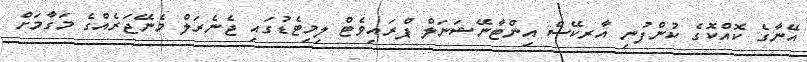
އޭނާގެ ކޮއްކޮގެ ކުންފުނި އާރކޭސް އިންޓާނޭޝަނަލް ޕްރައިވެޓް ލިމިޓެޑުގައި ޖެނެރަލް މެނޭޖަރެއްގެ މަގާމަށް